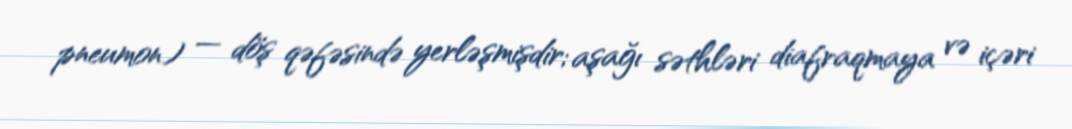
pneumon) — döş qəfəsində yerləşmişdir; aşağı səthləri diafraqmaya və içəri